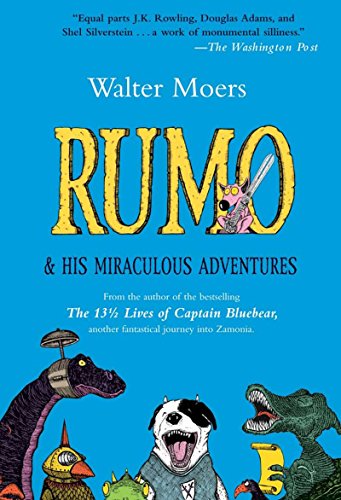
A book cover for Rumo: And His Miraculous Adventures; Walter Moers; Science Fiction & Fantasy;